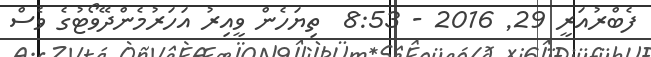
ފެބްރުއަރީ 29